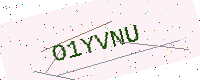
Text: O1YVNU